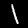
Digit: 1